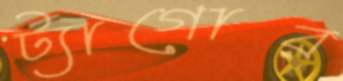
ট্যাগোর